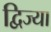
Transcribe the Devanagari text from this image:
द्विज्या